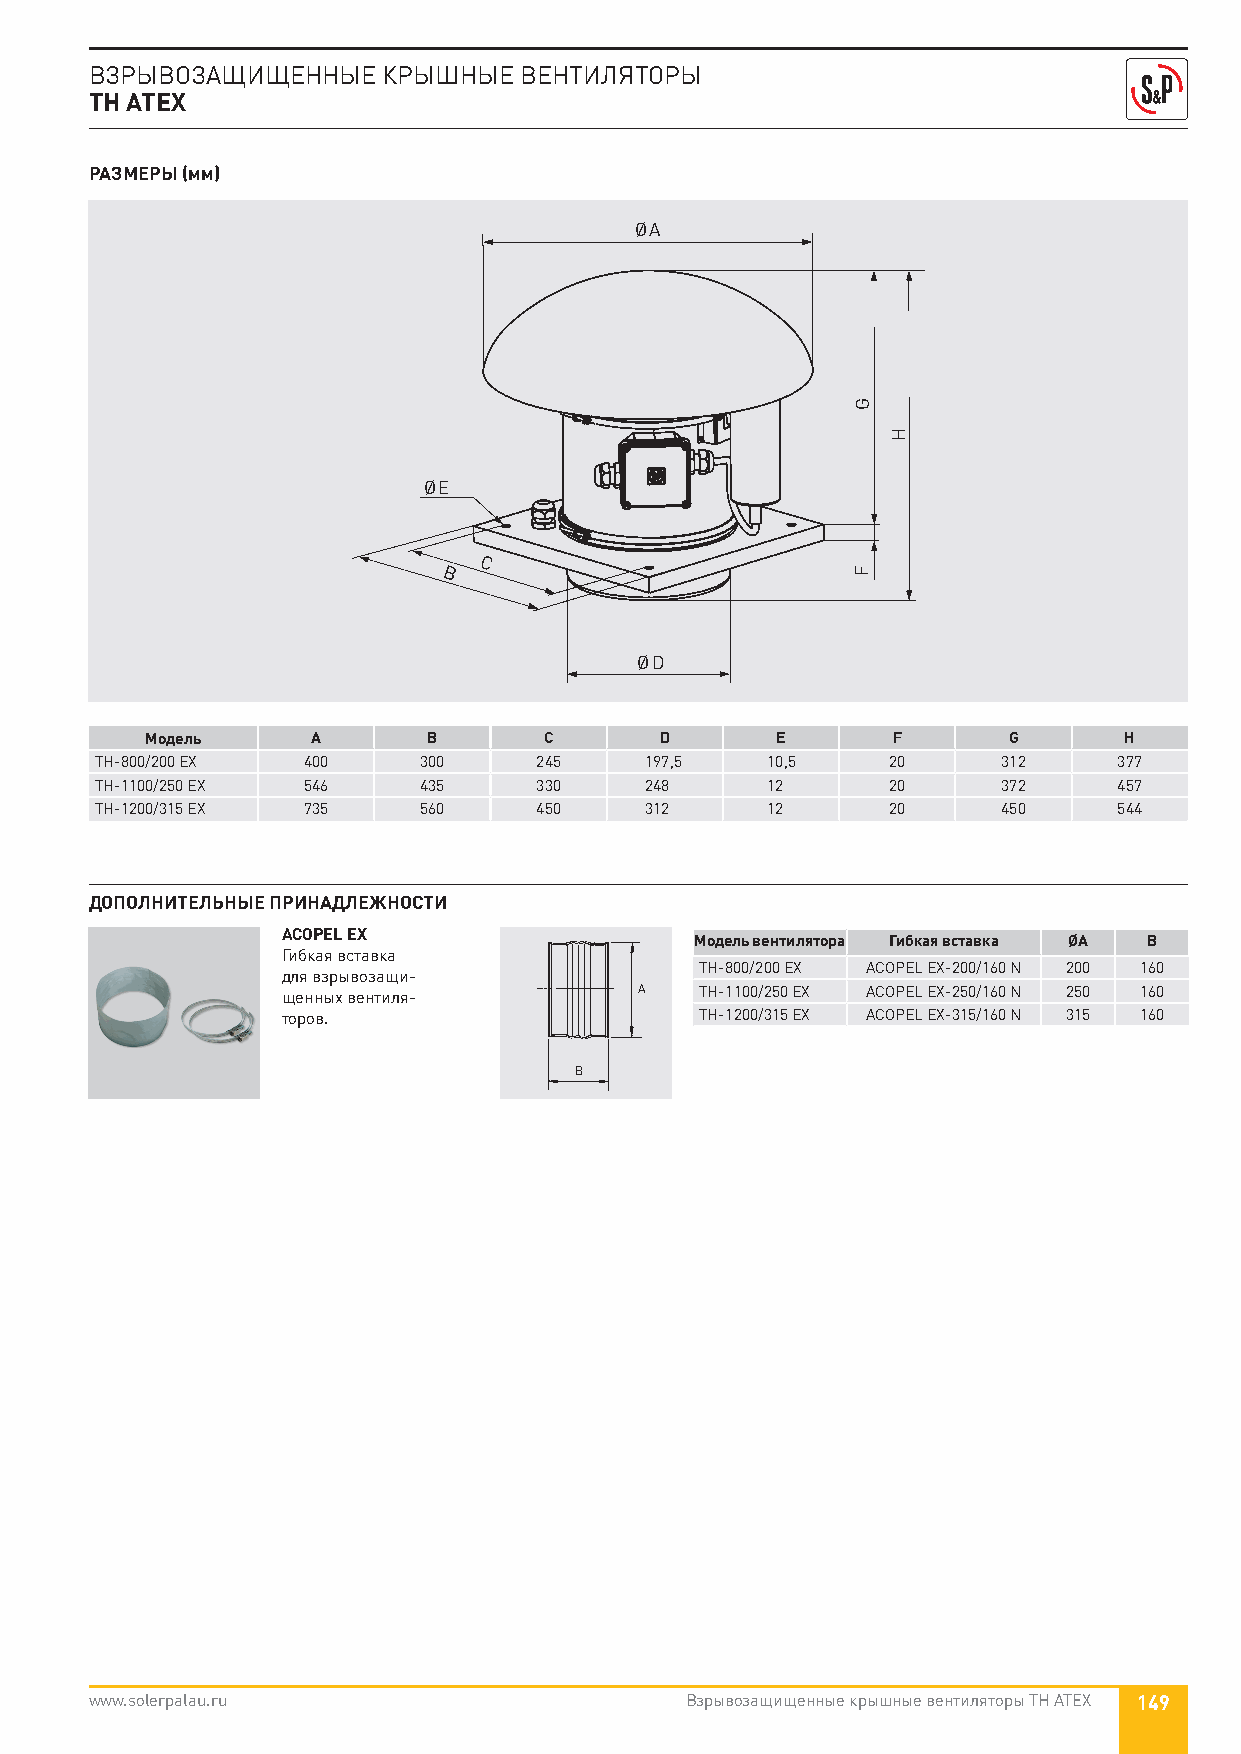
ВЗРЫВОЗАЩИЩЕННЫЕ   КРЫШНЫЕ  ВЕНТИЛЯТОРЫ
 TH ATEX
 РАЗМЕРЫ (мм)
 ØA
 ØE
 C
 B
 ØD
 Модель     A      B       C       D      E       F       G      H
 TH-800/200 EX 400     300    245     197,5   10,5    20     312     377
 TH-1100/250 EX 546    435    330     248     12      20     372     457
 TH-1200/315 EX 735    560    450     312     12      20     450     544
 ДОПОЛНИТЕЛЬНЫЕ ПРИНАДЛЕЖНОСТИ
 ACOPEL EX                  Модель вентилятора Гибкая вставка ØA B
 Гибкая вставка
 TH-800/200 EX ACOPEL EX-200/160 N 200 160
 для взрывозащи-
 щенных вентиля-        A   TH-1100/250 EX ACOPEL EX-250/160 N 250 160
 торов.                     TH-1200/315 EX ACOPEL EX-315/160 N 315 160
 B
 www.solerpalau.ru                      Взрывозащищенные крышные вентиляторы TH ATEX 149
 G
 F
 H